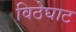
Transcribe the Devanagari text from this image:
विठेघाट